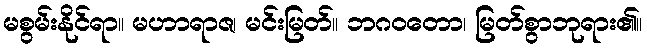
မစွမ်းနိုင်ရာ။ မဟာရာဇ၊ မင်းမြတ်။ ဘဂဝတော၊ မြတ်စွာဘုရား၏။